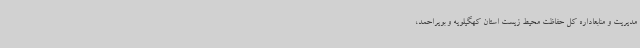
مدیریت و منابعاداره کل حفاظت محیط زیست استان کهگیلویه و بویراحمد،